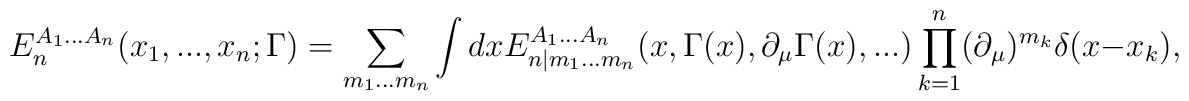
E_n^{A_1...A_n}(x_1,...,x_n;\Gamma)=\sum_{m_1...m_n}\int dxE_{n|m_1...m_n}^{A_1...A_n}(x,\Gamma(x),\partial_\mu\Gamma(x),...)\prod_{k=1}^n(\partial_\mu)^{m_k}\delta(x-x_k),